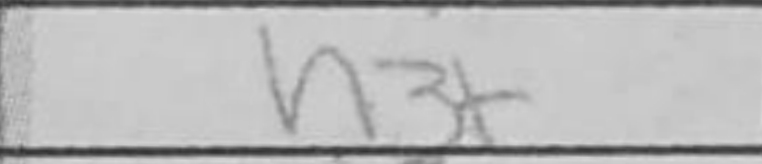
Transcription: h3+